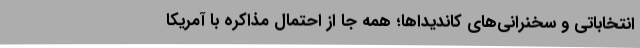
انتخاباتی و سخنرانی‌های کاندیداها؛ همه جا از احتمال مذاکره با آمریکا